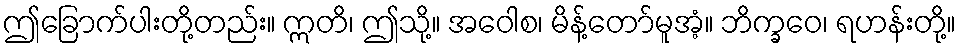
ဤခြောက်ပါးတို့တည်း။ ဣတိ၊ ဤသို့။ အဝေါစ၊ မိန့်တော်မူအံ့။ ဘိက္ခဝေ၊ ရဟန်းတို့။